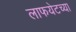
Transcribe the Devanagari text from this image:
लाफयेटच्या